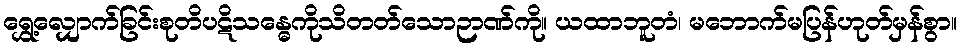
ရွှေ့လျှောက်ခြင်းစုတိပဋိသန္ဓေကိုသိတတ်သောဉာဏ်ကို။ ယထာဘူတံ၊ မဘောက်မပြန်ဟုတ်မှန်စွာ။